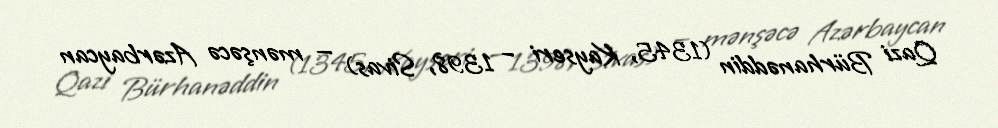
Qazi Bürhanəddin (1345, Kayseri – 1398, Sivas) — mənşəcə Azərbaycan